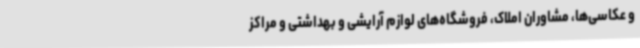
و عکاسی‌ها، مشاوران املاک، فروشگاه‌های لوازم آرایشی و بهداشتی و مراکز